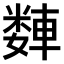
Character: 𫏻